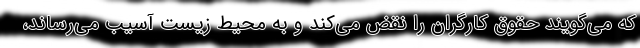
که می‌گویند حقوق کارگران را نقض می‌کند و به محیط زیست آسیب می‌رساند،